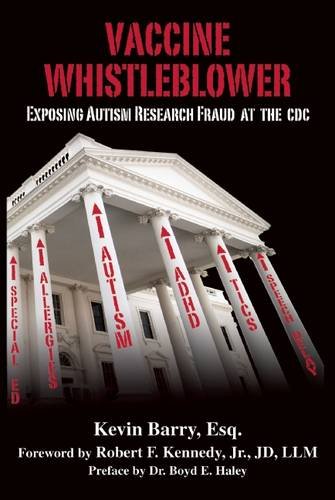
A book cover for Vaccine Whistleblower: Exposing Autism Research Fraud at the CDC; Esq. Kevin Barry; Parenting & Relationships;